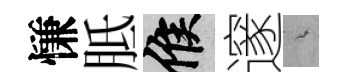
慊胝候邃綿